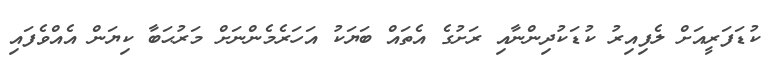
ކުޑަފަރީއަށް ލެފިއިރު ކުޑަކުދިންނާއި ރަށުގެ އެތައް ބަޔަކު އަހަރެމެންނަށް މަރުޙަބާ ކިޔަން އެއްވެފައި